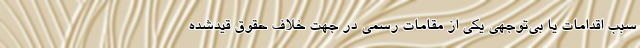
سبب اقدامات یا بی‌توجهی یکی از مقامات رسمی در جهت خلاف حقوق قیدشده